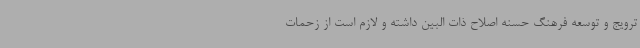
ترویج و توسعه فرهنگ حسنه اصلاح ذات البین داشته و لازم است از زحمات